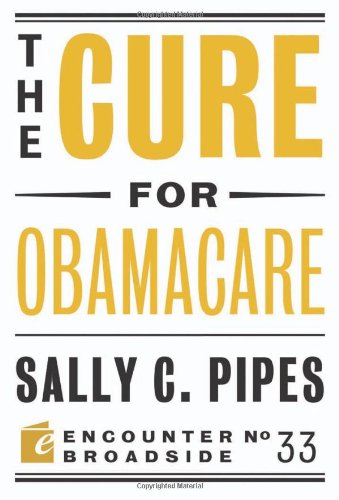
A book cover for The Cure for Obamacare (Encounter Broadsides); Sally C. Pipes; Medical Books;